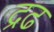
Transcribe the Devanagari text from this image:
द्रढ